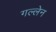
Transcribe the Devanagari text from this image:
गल्लेन